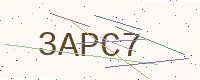
Text: 3APC7